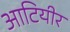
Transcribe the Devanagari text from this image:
आटियीर